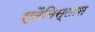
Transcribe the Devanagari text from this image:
स्तैनिस्लास